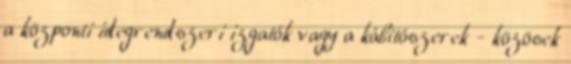
a központi idegrendszeri izgatók vagy a kábítószerek - közösek